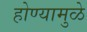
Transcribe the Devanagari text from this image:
होण्यामुळे